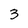
Character: 3